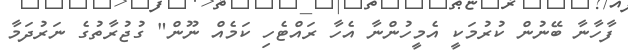
ފާހާނާ ބޭނުން ކުރުމަކީ އެމީހުންނާ އެހާ ރައްޓެހި ކަމެއް ނޫން" ގުޖުރާތުގެ ނަރުދަމާ